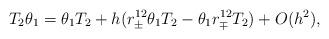
LaTeX: \begin{align*}T_2\theta_{1}=\theta_{1}T_{2}+h(r_{\pm}^{12}\theta_{1}T_2-\theta_{1}r_{\mp}^{12}T_2)+O(h^2),\end{align*}